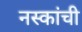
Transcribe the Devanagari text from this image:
नस्कांची